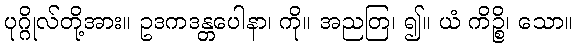
ပုဂ္ဂိုလ်တို့အား။ ဥဒကဒန္တပေါနာ၊ ကို။ အညတြ၊ ၍။ ယံ ကိဉ္စိ၊ သော။